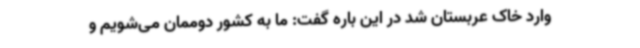
وارد خاک عربستان شد در این باره گفت: ما به کشور دوممان می‌شویم و